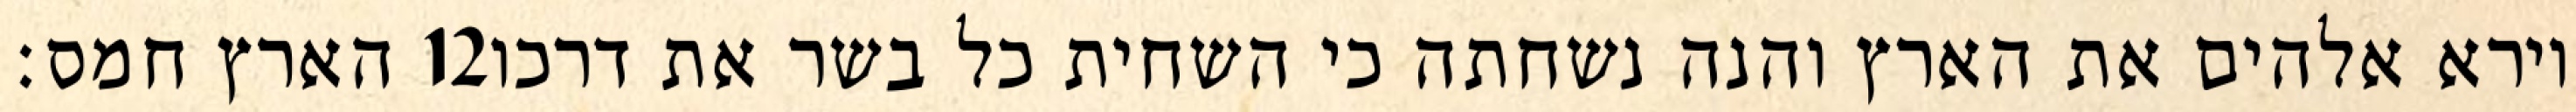
הארץ חמס׃ ‎12‏ וירא אלהים את הארץ והנה נשחתה כי השחית כל בשר את דרכו